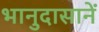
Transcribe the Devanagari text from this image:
भानुदासानें